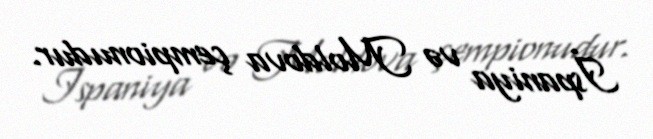
İspaniya və Moldova çempionudur.